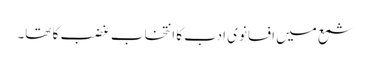
شمع میں افسانوی ادب کا انتخاب غضب کا تھا۔